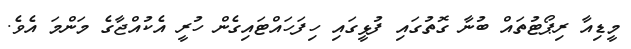
މީޑިއާ ރިޕޯޓުތައް ބުނާ ގޮތުގައި ފުޅީގައި ހިފަހައްޓައިގެން ހުރީ އެކުއްޖާގެ މަންމަ އެވެ.